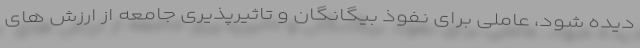
دیده شود، عاملی برای نفوذ بیگانگان و تاثیرپذیری جامعه از ارزش های